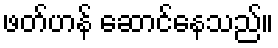
ဖတ်ဟန် ဆောင်နေသည်။